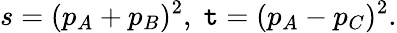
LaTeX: s=(p_{A}+p_{B})^{2},\; \mathtt{t}=(p_{A}-p_{C})^{2}.